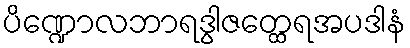
ပိဏ္ဍောလဘာရဒွါဇတ္ထေရအပဒါနံ